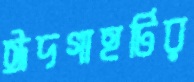
ঈদগাহটির